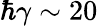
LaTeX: \hbar\gamma\sim 20